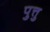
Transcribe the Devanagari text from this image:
पुत्तु